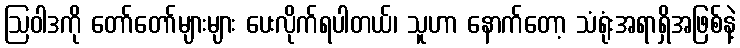
ဩဝါဒကို တော်တော်များများ ပေးလိုက်ရပါတယ်၊ သူဟာ နောက်တော့ သံရုံးအရာရှိအဖြစ်နဲ့